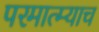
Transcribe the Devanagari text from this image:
परमात्म्याच